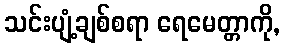
သင်းပျံ့ချစ်စရာ ရေမေတ္တာကို,